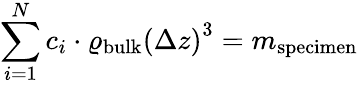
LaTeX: \sum_{i=1}^{N}c_{i}\cdot\varrho_{\mathrm{bulk}}\left(\Delta z\right)^{3}=m_{\mathrm{specimen}}